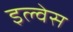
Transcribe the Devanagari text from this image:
इल्वेस